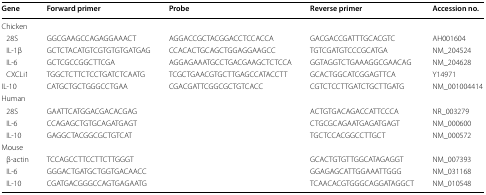
| Gene | Forward primer | Probe | Reverse primer | Accession no. |
 | --- | --- | --- | --- | --- |
 | <COLSPAN=5> Chicken |
 | 28S | GGCGAAGCCAGAGGAAACT | AGGACCGCTACGGACCTCCACCA | GACGACCGATTTGCACGTC | AH001604 |
 | IL-1β | GCTCTACATGTCGTGTGTGATGAG | CCACACTGCAGCTGGAGGAAGCC | TGTCGATGTCCCGCATGA | NM_204524 |
 | IL-6 | GCTCGCCGGCTTCGA | AGGAGAAATGCCTGACGAAGCTCTCCA | GGTAGGTCTGAAAGGCGAACAG | NM_204628 |
 | CXCLi1 | TGGCTCTTCTCCTGATCTCAATG | TCGCTGAACGTGCTTGAGCCATACCTT | GCACTGGCATCGGAGTTCA | Y14971 |
 | IL-10 | CATGCTGCTGGGCCTGAA | CGACGATTCGGCGCTGTCACC | CGTCTCCTTGATCTGCTTGATG | NM_001004414 |
 | <COLSPAN=5> Human |
 | 28S | GAATTCATGGACGACACGAG |  | ACTGTGACAGACCATTCCCA | NR_003279 |
 | IL-6 | CCAGAGCTGTGCAGATGAGT |  | CTGCGCAGAATGAGATGAGT | NM_000600 |
 | IL-10 | GAGGCTACGGCGCTGTCAT |  | TGCTCCACGGCCTTGCT | NM_000572 |
 | <COLSPAN=5> Mouse |
 | β-actin | TCCAGCCTTCCTTCTTGGGT |  | GCACTGTGTTGGCATAGAGGT | NM_007393 |
 | IL-6 | GGGACTGATGCTGGTGACAACC |  | GGAGAGCATTGGAAATTGGG | NM_031168 |
 | IL-10 | CGATGACGGGCCAGTGAGAATG |  | TCAACACGTGGGCAGGATAGGCT | NM_010548 |